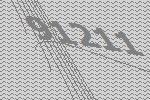
91211